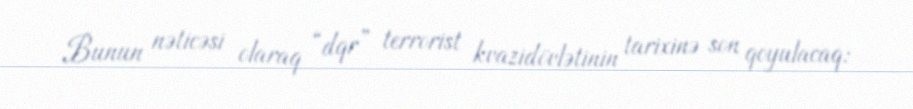
Bunun nəticəsi olaraq “dqr” terrorist kvazidövlətinin tarixinə son qoyulacaq: